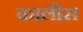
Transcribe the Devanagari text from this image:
कालीस